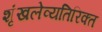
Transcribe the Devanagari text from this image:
शृंखलेव्यतिरिक्त